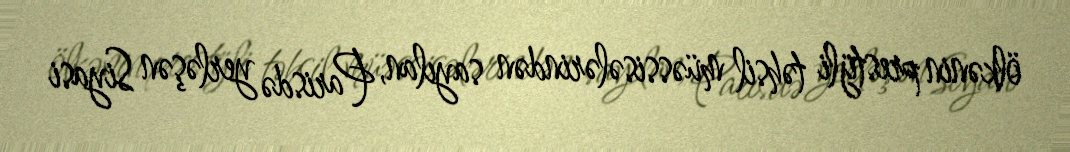
ölkənin prestijli təhsil müəssisələrindən sayılan, Parisdə yerləşən Siyasi